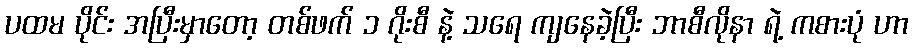
ပထမ ပိုင်း အပြီးမှာတော့ တစ်ဖက် ၁ ဂိုးစီ နဲ့ သရေ ကျနေခဲ့ပြီး ဘာစီလိုနာ ရဲ့ ကစားပုံ ဟာ